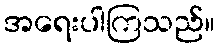
အရေးပါကြသည်။